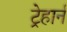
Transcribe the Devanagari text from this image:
ट्रेहार्न